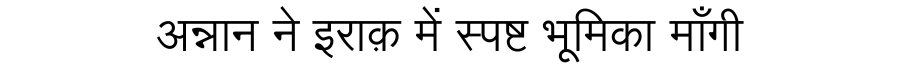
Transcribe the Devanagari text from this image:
अन्नान ने इराक़ में स्पष्ट भूमिका माँगी